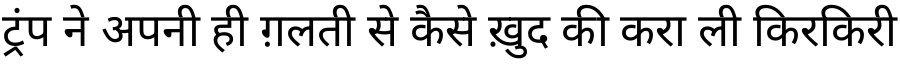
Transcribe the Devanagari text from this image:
ट्रंप ने अपनी ही ग़लती से कैसे ख़ुद की करा ली किरकिरी